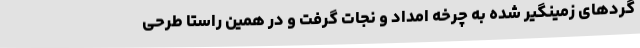
گردهای زمینگیر شده به چرخه امداد و نجات گرفت و در همین راستا طرحی